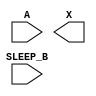
module sky130_fd_sc_hd__lpflow_inputiso0n (
    //# {{data|Data Signals}}
    input  A      ,
    output X      ,

    //# {{power|Power}}
    input  SLEEP_B
);

    // Voltage supply signals
    supply1 VPWR;
    supply0 VGND;
    supply1 VPB ;
    supply0 VNB ;

endmodule